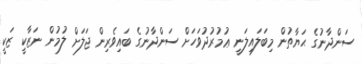
ސަންދާނުގެ ޙަޔާތުން މިބަލައިލަނީ ޢުމުރުދުވަހަށް ސަންދާނުގެ ބައިވެރިން ޖަލަށް ލުމުުން ނަޒާކީ ޒަކީ